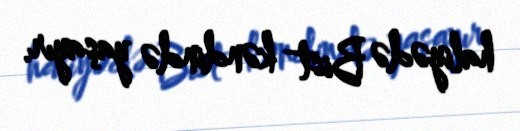
haliyədə Bist kəndində yaşayır.